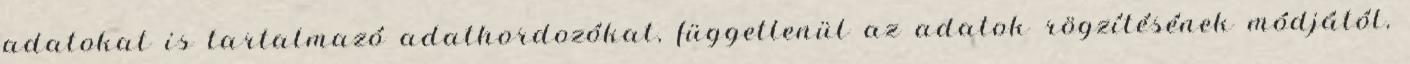
adatokat is tartalmazó adathordozókat, függetlenül az adatok rögzítésének módjától,